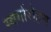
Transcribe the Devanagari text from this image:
स्‍वर्गारोहण